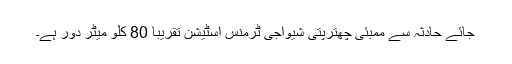
جائے حادثہ سے ممبئی چھترپتی شیواجی ٹرمنس اسٹیشن تقریباً 80 کلو میٹر دور ہے۔